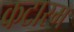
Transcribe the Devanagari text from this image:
कटारम